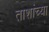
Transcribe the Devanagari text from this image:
ताशांच्या